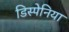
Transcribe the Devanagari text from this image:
डिस्पेनिया